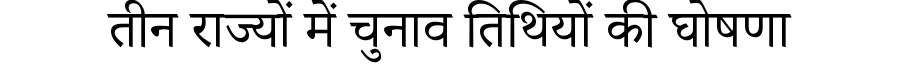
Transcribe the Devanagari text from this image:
तीन राज्यों में चुनाव तिथियों की घोषणा